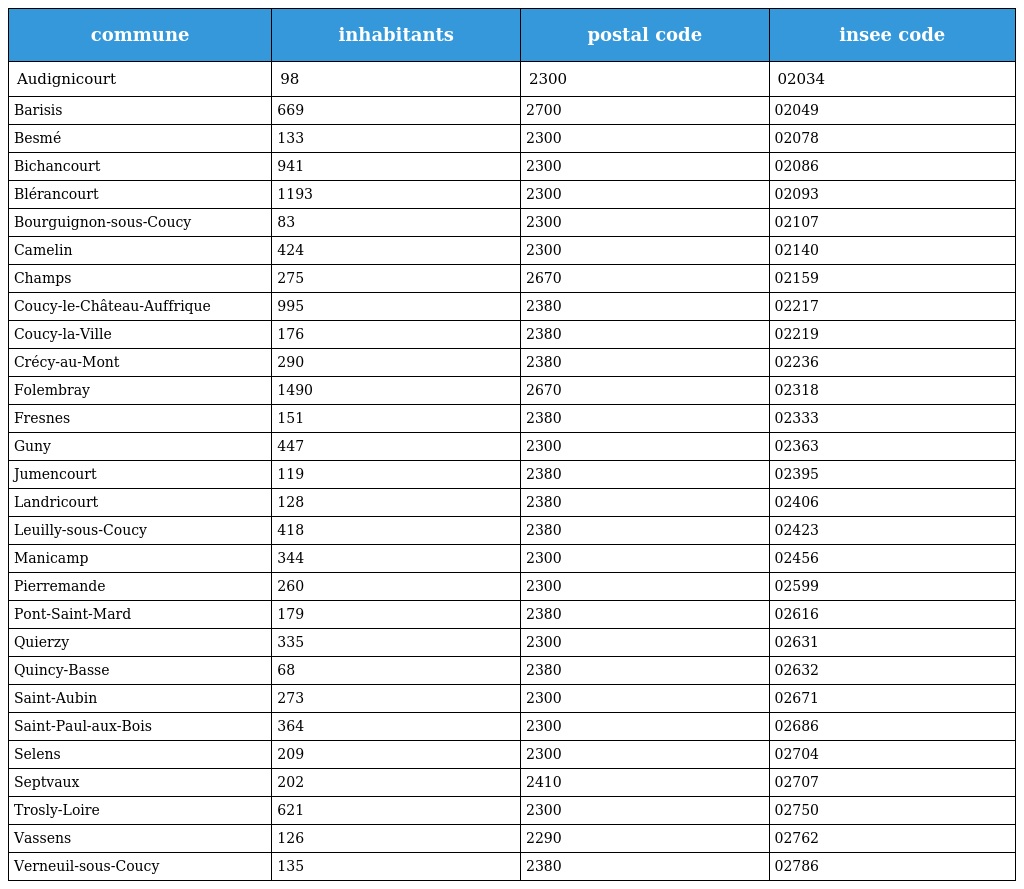
| commune | inhabitants | postal code | insee code |
 | --- | --- | --- | --- |
 | Audignicourt | 98 | 2300 | 02034 |
 | Barisis | 669 | 2700 | 02049 |
 | Besmé | 133 | 2300 | 02078 |
 | Bichancourt | 941 | 2300 | 02086 |
 | Blérancourt | 1193 | 2300 | 02093 |
 | Bourguignon-sous-Coucy | 83 | 2300 | 02107 |
 | Camelin | 424 | 2300 | 02140 |
 | Champs | 275 | 2670 | 02159 |
 | Coucy-le-Château-Auffrique | 995 | 2380 | 02217 |
 | Coucy-la-Ville | 176 | 2380 | 02219 |
 | Crécy-au-Mont | 290 | 2380 | 02236 |
 | Folembray | 1490 | 2670 | 02318 |
 | Fresnes | 151 | 2380 | 02333 |
 | Guny | 447 | 2300 | 02363 |
 | Jumencourt | 119 | 2380 | 02395 |
 | Landricourt | 128 | 2380 | 02406 |
 | Leuilly-sous-Coucy | 418 | 2380 | 02423 |
 | Manicamp | 344 | 2300 | 02456 |
 | Pierremande | 260 | 2300 | 02599 |
 | Pont-Saint-Mard | 179 | 2380 | 02616 |
 | Quierzy | 335 | 2300 | 02631 |
 | Quincy-Basse | 68 | 2380 | 02632 |
 | Saint-Aubin | 273 | 2300 | 02671 |
 | Saint-Paul-aux-Bois | 364 | 2300 | 02686 |
 | Selens | 209 | 2300 | 02704 |
 | Septvaux | 202 | 2410 | 02707 |
 | Trosly-Loire | 621 | 2300 | 02750 |
 | Vassens | 126 | 2290 | 02762 |
 | Verneuil-sous-Coucy | 135 | 2380 | 02786 |